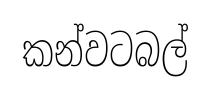
කන්වටබල්